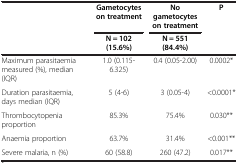
<table><thead><tr><td rowspan="2"><b> </b></td><td><b>Gametocytes on treatment</b></td><td><b>No gametocytes on treatment</b></td><td rowspan="2"><b>P</b></td></tr><tr><td><b>N = 102 (15.6%)</b></td><td><b>N = 551 (84.4%)</b></td></tr></thead><tbody><tr><td>Maximum parasitaemia measured (%), median (IQR)</td><td>1.0 (0.115-6.325)</td><td>0.4 (0.05-2.00)</td><td>0.0002*</td></tr><tr><td>Duration parasitaemia, days median (IQR)</td><td>5 (4-6)</td><td>3 (0.05-4)</td><td>&lt;0.0001*</td></tr><tr><td>Thrombocytopenia proportion</td><td>85.3%</td><td>75.4%</td><td>0.030**</td></tr><tr><td>Anaemia proportion</td><td>63.7%</td><td>31.4%</td><td>&lt;0.001**</td></tr><tr><td>Severe malaria, n (%)</td><td>60 (58.8)</td><td>260 (47.2)</td><td>0.017**</td></tr></tbody></table>